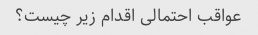
عواقب احتمالی اقدام زیر چیست؟